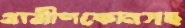
গ্রামীণফোনসহ